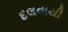
દલવાયી